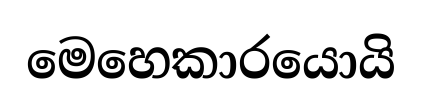
මෙහෙකාරයොයි